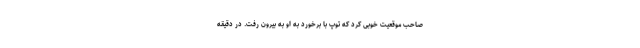
صاحب موقعیت خوبی کرد که توپ با برخورد به او به بیرون رفت. در دقیقه